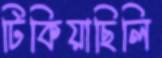
টিকিয়াছিলি